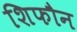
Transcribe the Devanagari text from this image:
शिफौन